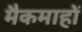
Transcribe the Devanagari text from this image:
मैकमाहों